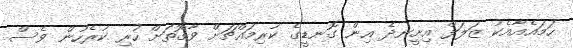
ހަމައެއާއެކު ޒަލަފް އިށީނދެ އިން ގޮނޑީގެ ކުރިމައްޗަށް ވާގޮތަށް ހުރި ކުރެހުން ވެސް